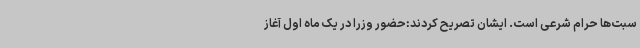
سبت‌ها حرام شرعی است. ایشان تصریح کردند:‌حضور وزرا در یک ماه اول آغاز